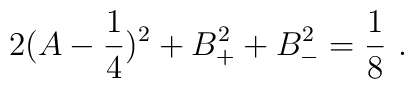
2 (A -{1\over 4})^2 + B_{+}^2 + B_{-}^2 = {1\over 8} \ .